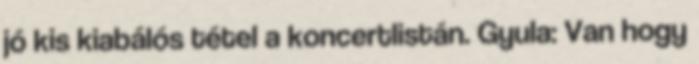
jó kis kiabálós tétel a koncertlistán. Gyula: Van hogy